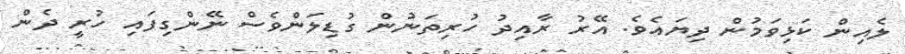
ލެއިން ކަޅިވަމުން ދިޔައެވެ. އޭރު ރާއިދު ހުރިތަނުން ގުޑިލަންވެސް ނޭންގިފައި ހުރީ ދެން